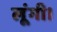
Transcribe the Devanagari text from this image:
लूंगी।